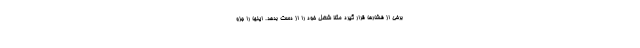
برخی از فشارها قرار گیرد مثلاً شغل خود را از دست بدهد. اینها را جزو